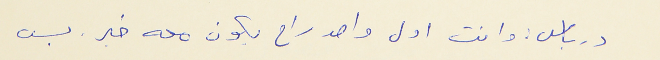
درباس : وانت اول واحد راح يكون معه خبر . بس